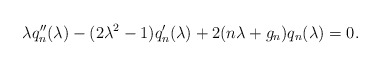
\begin{align*}\lambda q''\sb n(\lambda) - (2\lambda^2 - 1)q'\sb n(\lambda) +2(n\lambda + g\sb n)q\sb n(\lambda) = 0.\end{align*}